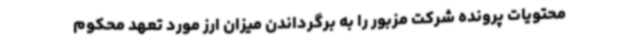
محتویات پرونده شرکت مزبور را به برگرداندن میزان ارز مورد تعهد محکوم